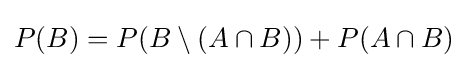
P(B)=P(B\setminus (A\cap B))+P(A\cap B)